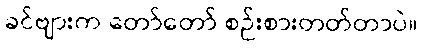
ခင်ဗျားက တော်တော် စဉ်းစားတတ်တာပဲ။